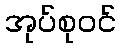
အုပ်စုဝင်